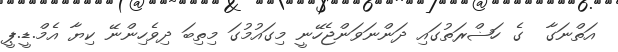
އަތްނަގާ  ގެ ހަޟްރަތުގައި ދަންނަވަންޖެހޭނީ މިގައުމުގަ މިތިބަ ދިވެހިންނޭ ކިޔާ އެމް.ޑީ.ޕީ